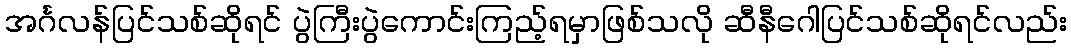
အင်္ဂလန်ပြင်သစ်ဆိုရင် ပွဲကြီးပွဲကောင်းကြည့်ရမှာဖြစ်သလို ဆီနီဂေါပြင်သစ်ဆိုရင်လည်း